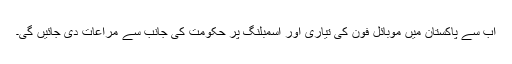
اب سے پاکستان میں موبائل فون کی تیاری اور اسمبلنگ پر حکومت کی جانب سے مراعات دی جائیں گی۔